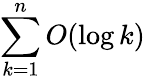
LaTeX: \sum_{k=1}^{n}O(\log k)